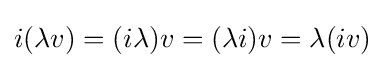
i(\lambda v)=(i\lambda )v=(\lambda i)v=\lambda (iv)